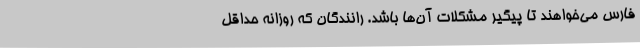
فارس می‌خواهند تا پیگیر مشکلات آن‌ها باشد. رانندگان که‌ روزانه حداقل